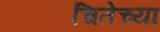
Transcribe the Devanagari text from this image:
चितेच्या